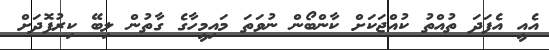
އެއީ އެފަދަ ތުއްތު ކުއްޖަކަށް ކާންބޯން ނުވަތަ މައިމީހާގެ ގާތުން ލިބޭ ކިރުފޮދަށް